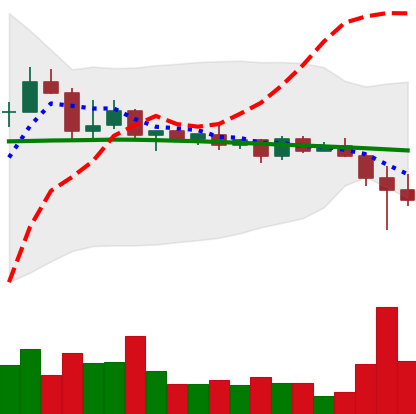
Ticker: BNB-USD
Chart end date: 2022-12-14
Forward return: -10.28%
Label: down_7plus